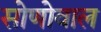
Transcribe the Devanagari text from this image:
सोणोवाल